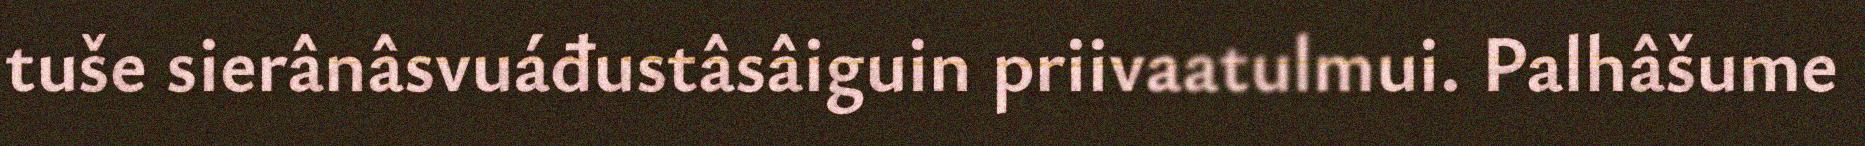
tuše sierânâsvuáđustâsâiguin priivaatulmui. Palhâšume